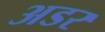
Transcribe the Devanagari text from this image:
अडर